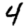
Digit: 4